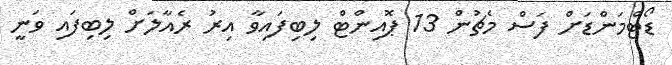
ޑޯޓްމަންޑަށް ފަސް މެޗުން 13 ޕޮއިންޓް ލިބިފައިވާ އިރު ރެއާލަށް ލިބިފައި ވަނީ